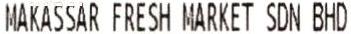
MAKASSAR FRESH MARKET SDN BHD